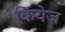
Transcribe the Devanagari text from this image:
कियेज